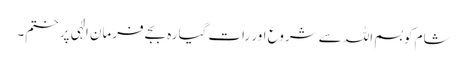
شام کو بسم اللہ سے شروع اور رات گیارہ بجے فرمان الٰہی پر ختم۔